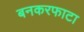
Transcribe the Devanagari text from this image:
बनकरफाटा